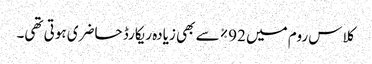
کلاس روم میں 92% سے بھی زیادہ ریکارڈ حاضری ہوتی تھی۔